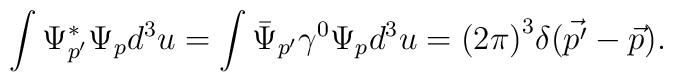
\int\Psi^{*}_{p'}\Psi_{p}d^{3}u=\int{\bar{\Psi}}_{p'}\gamma^{0}\Psi_{p}d^{3}u={(2\pi)}^{3}\delta(\vec{p'}-\vec{p}).